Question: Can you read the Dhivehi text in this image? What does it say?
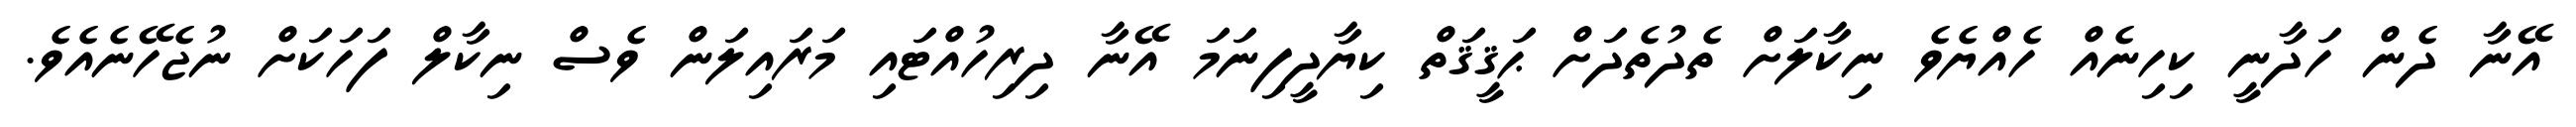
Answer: އޭނާ ދެން ހަދާނީ ކިހިނެއް ހެއްޔެވެ ނިކާލަށް ތެދުތެދަށް ޙަޤީޤަތް ކިޔާދީފިނަމަ އޭނާ ދިރިހުއްޓައި މަރައިލަން ވެސް ނިކާލް ފަހަކަށް ނުޖެހޭނެއެވެ.